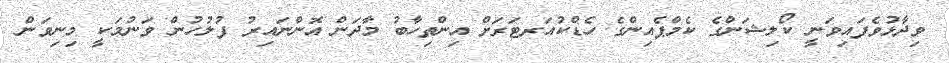
ވިދާޅުވެފައިވަނީ ކޯލިޝަންގެ ކެމްޕެއިންގެ ހެޑްކުއަރޓަރަށް އިންތިހާބު މާދަން އޮންނައިރު ފުލުހުން ވަނުމަކީ މިނިވަން